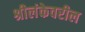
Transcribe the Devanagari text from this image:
श्रीलंकेवरील